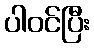
ပါဝင်ပြီး